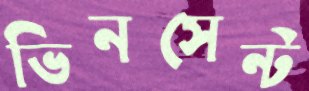
ভিনসেন্ট